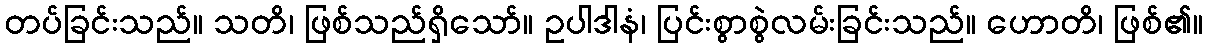
တပ်ခြင်းသည်။ သတိ၊ ဖြစ်သည်ရှိသော်။ ဥပါဒါနံ၊ ပြင်းစွာစွဲလမ်းခြင်းသည်။ ဟောတိ၊ ဖြစ်၏။